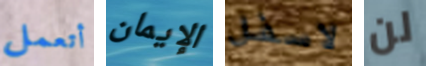
أتعمل الإيمان لاسفل لن